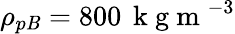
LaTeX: \rho_{p\mathit{B}}=800\, \mathrm{{~k~g~m~}}^{-3}